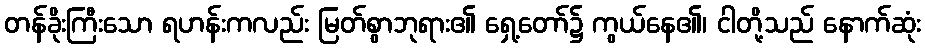
တန်ခိုးကြီးသော ရဟန်းကလည်း မြတ်စွာဘုရား၏ ရှေ့တော်၌ ကွယ်နေ၏၊ ငါတို့သည် နောက်ဆုံး